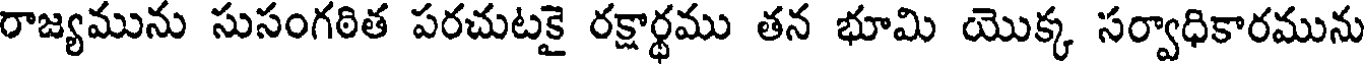
రాజ్యమును సుసంగఠిత పరచుటకై రక్షార్థము తన భూమి యొక్క సర్వాధికారమును